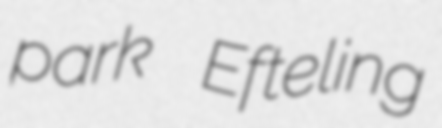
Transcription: park Efteling